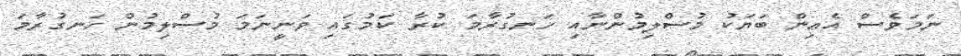
ނަމަވެސް އެއިން ބަޔަކު މުސްލިމުންނާއި ހަނގުރާމަ ކުރާ ކަމުގައި ވަނީނަމަ މުސްލިމުން ހަނގުރާމަ